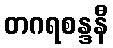
တဂရစန္ဒနီ